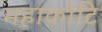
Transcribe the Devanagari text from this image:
महाकोटि